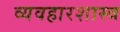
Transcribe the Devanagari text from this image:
व्यवहारशास्त्र